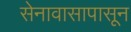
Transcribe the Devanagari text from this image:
सेनावासापासून